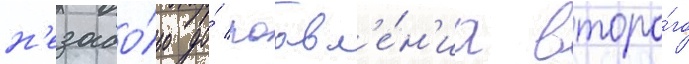
н'езадо́лго до́ поавл'е́н'иа второ́го